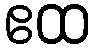
ဧထ